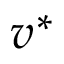
v ^ { * }